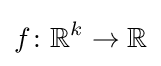
f\colon \mathbb {R} ^{k}\to \mathbb {R}